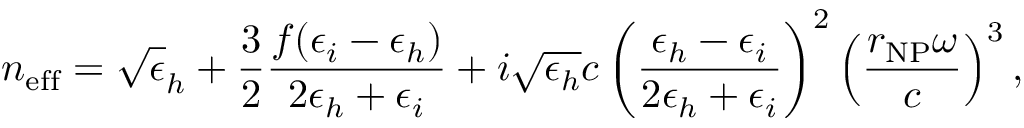
n _ { \mathrm { e f f } } = \sqrt \epsilon _ { h } + \frac 3 2 \frac { f ( \epsilon _ { i } - \epsilon _ { h } ) } { 2 \epsilon _ { h } + \epsilon _ { i } } + i \sqrt { \epsilon _ { h } } { c } \left( \frac { \epsilon _ { h } - \epsilon _ { i } } { 2 \epsilon _ { h } + \epsilon _ { i } } \right) ^ { 2 } \left( \frac { r _ { \mathrm { N P } } \omega } { c } \right) ^ { 3 } ,